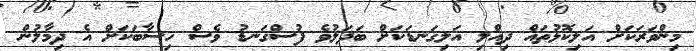
މިންވަރަކަށް އަލިކޮޅުތައް ދިއްލި އަލިގަނޑަކަށް ބަދަލުވެ ފުސްގަނޑު ވެސް ހިސާބަކަށް އެ ދިމާލުން